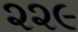
૨૨૯